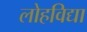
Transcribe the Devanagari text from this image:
लोहविद्या